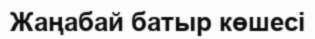
Жаңабай батыр көшесі